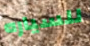
للسياره